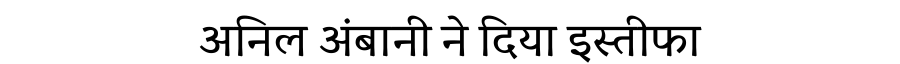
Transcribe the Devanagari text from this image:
अनिल अंबानी ने दिया इस्तीफा